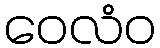
ဝေလံဝ